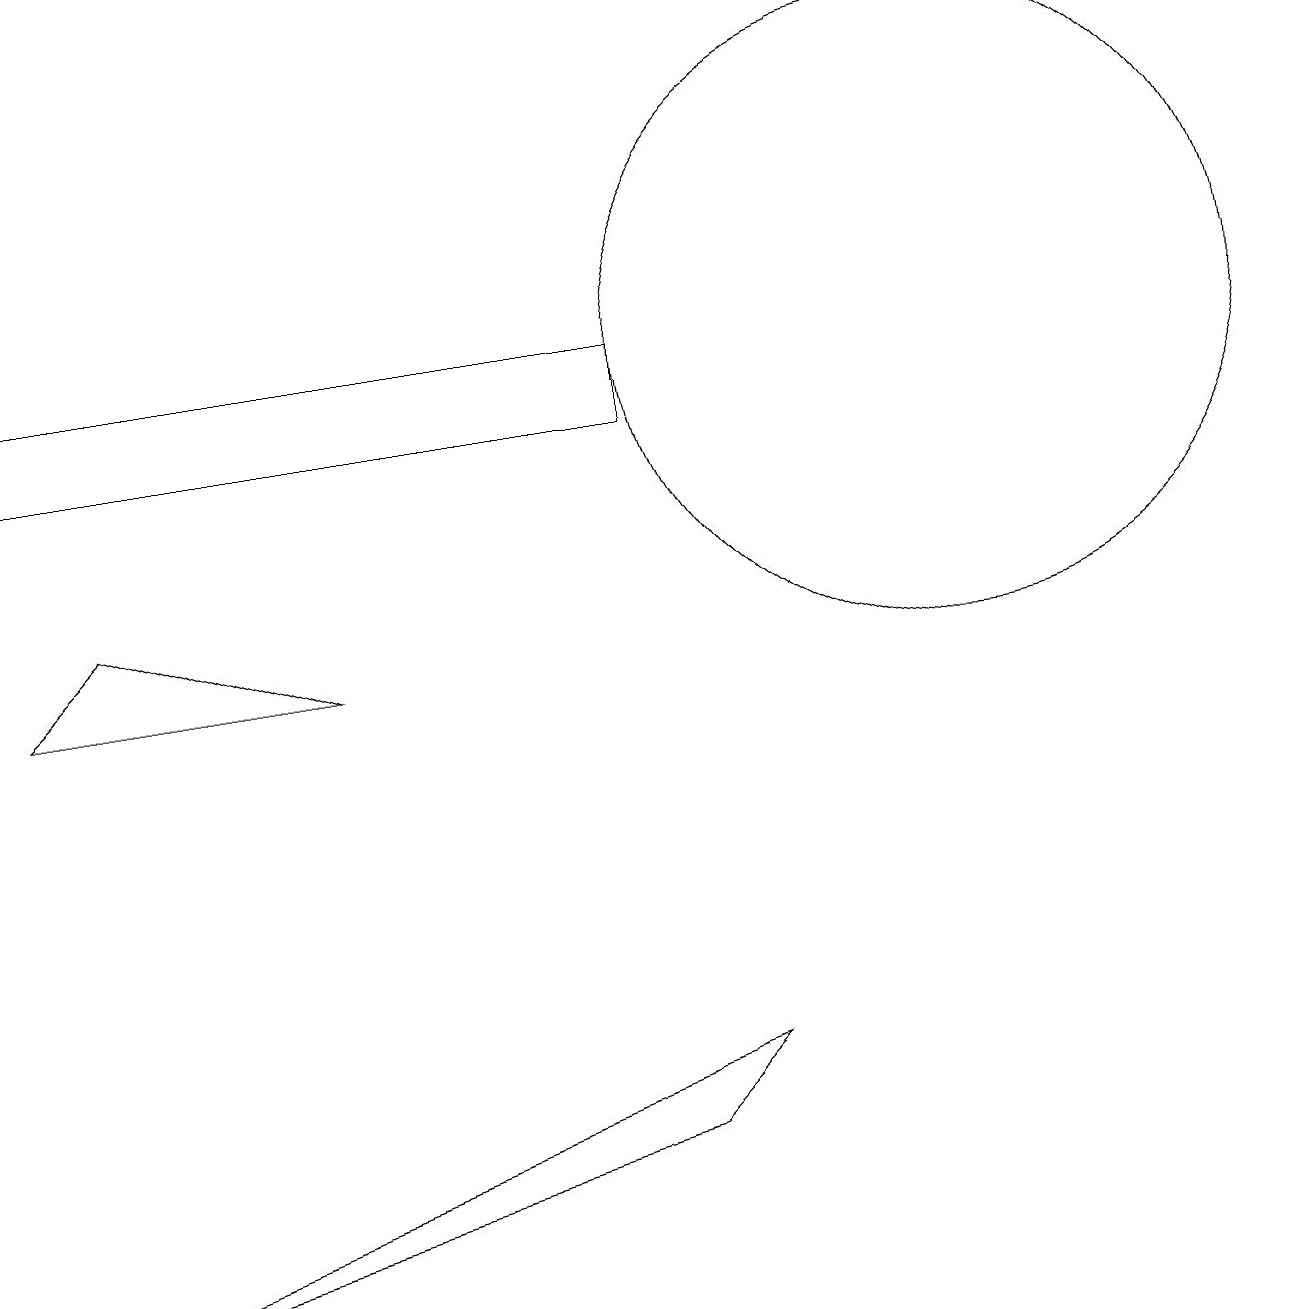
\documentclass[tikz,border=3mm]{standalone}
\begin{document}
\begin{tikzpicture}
\draw (9,3) -- (0,0) -- (8,2) -- cycle;
\draw (12,12) circle (4);
\draw (1,9) -- (0,8) -- (4,8) -- cycle;
\draw (0,12) rectangle (8,11);
\draw (10,11) circle (0);
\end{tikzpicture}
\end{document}